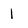
Character: 1